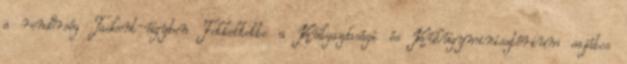
a rendőrség Taskent-ügyben Felkeltette a Külgazdasági és Külügyminisztérium sajátos